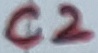
Text: C2